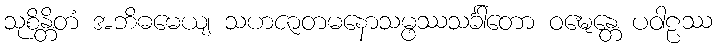
သုစိန္တိတံ အဘိဓမေယျ သဟဇာတမနောသမ္ဖဿသင်္ခါတော ဝဍ္ဎေန္တေ ပဝါဠဿ